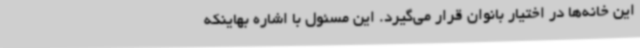
این خانه‌ها در اختیار بانوان قرار می‌گیرد. این مسئول با اشاره بهاینکه